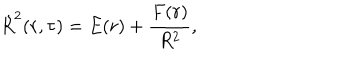
\dot { R } ^ { 2 } ( r , \tau ) = E ( r ) + \frac { F ( r ) } { R ^ { 2 } } ,